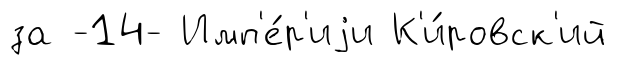
за -14- Имп'е́р'иjи К'и́ровск'ий